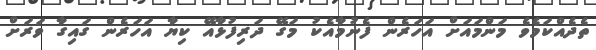
ތެދެއްކަމެވެ މަންމައަށް އަހަރެން ފެނުމާއެކު މަގޭ ދަރިފުޅާއޭ ކިޔާ އަހަރެން ގައިގާ ވަރަށް